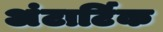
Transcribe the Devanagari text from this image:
अंटार्टिक